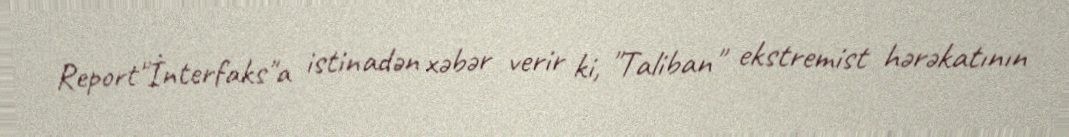
Report"İnterfaks"a istinadən xəbər verir ki, "Taliban" ekstremist hərəkatının